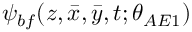
\psi _ { b f } ( z , \bar { x } , \bar { y } , t ; \theta _ { A E 1 } )